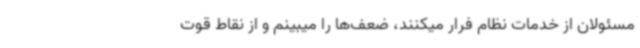
مسئولان از خدمات نظام فرار میکنند، ضعف‌ها را میبینم و از نقاط قوت